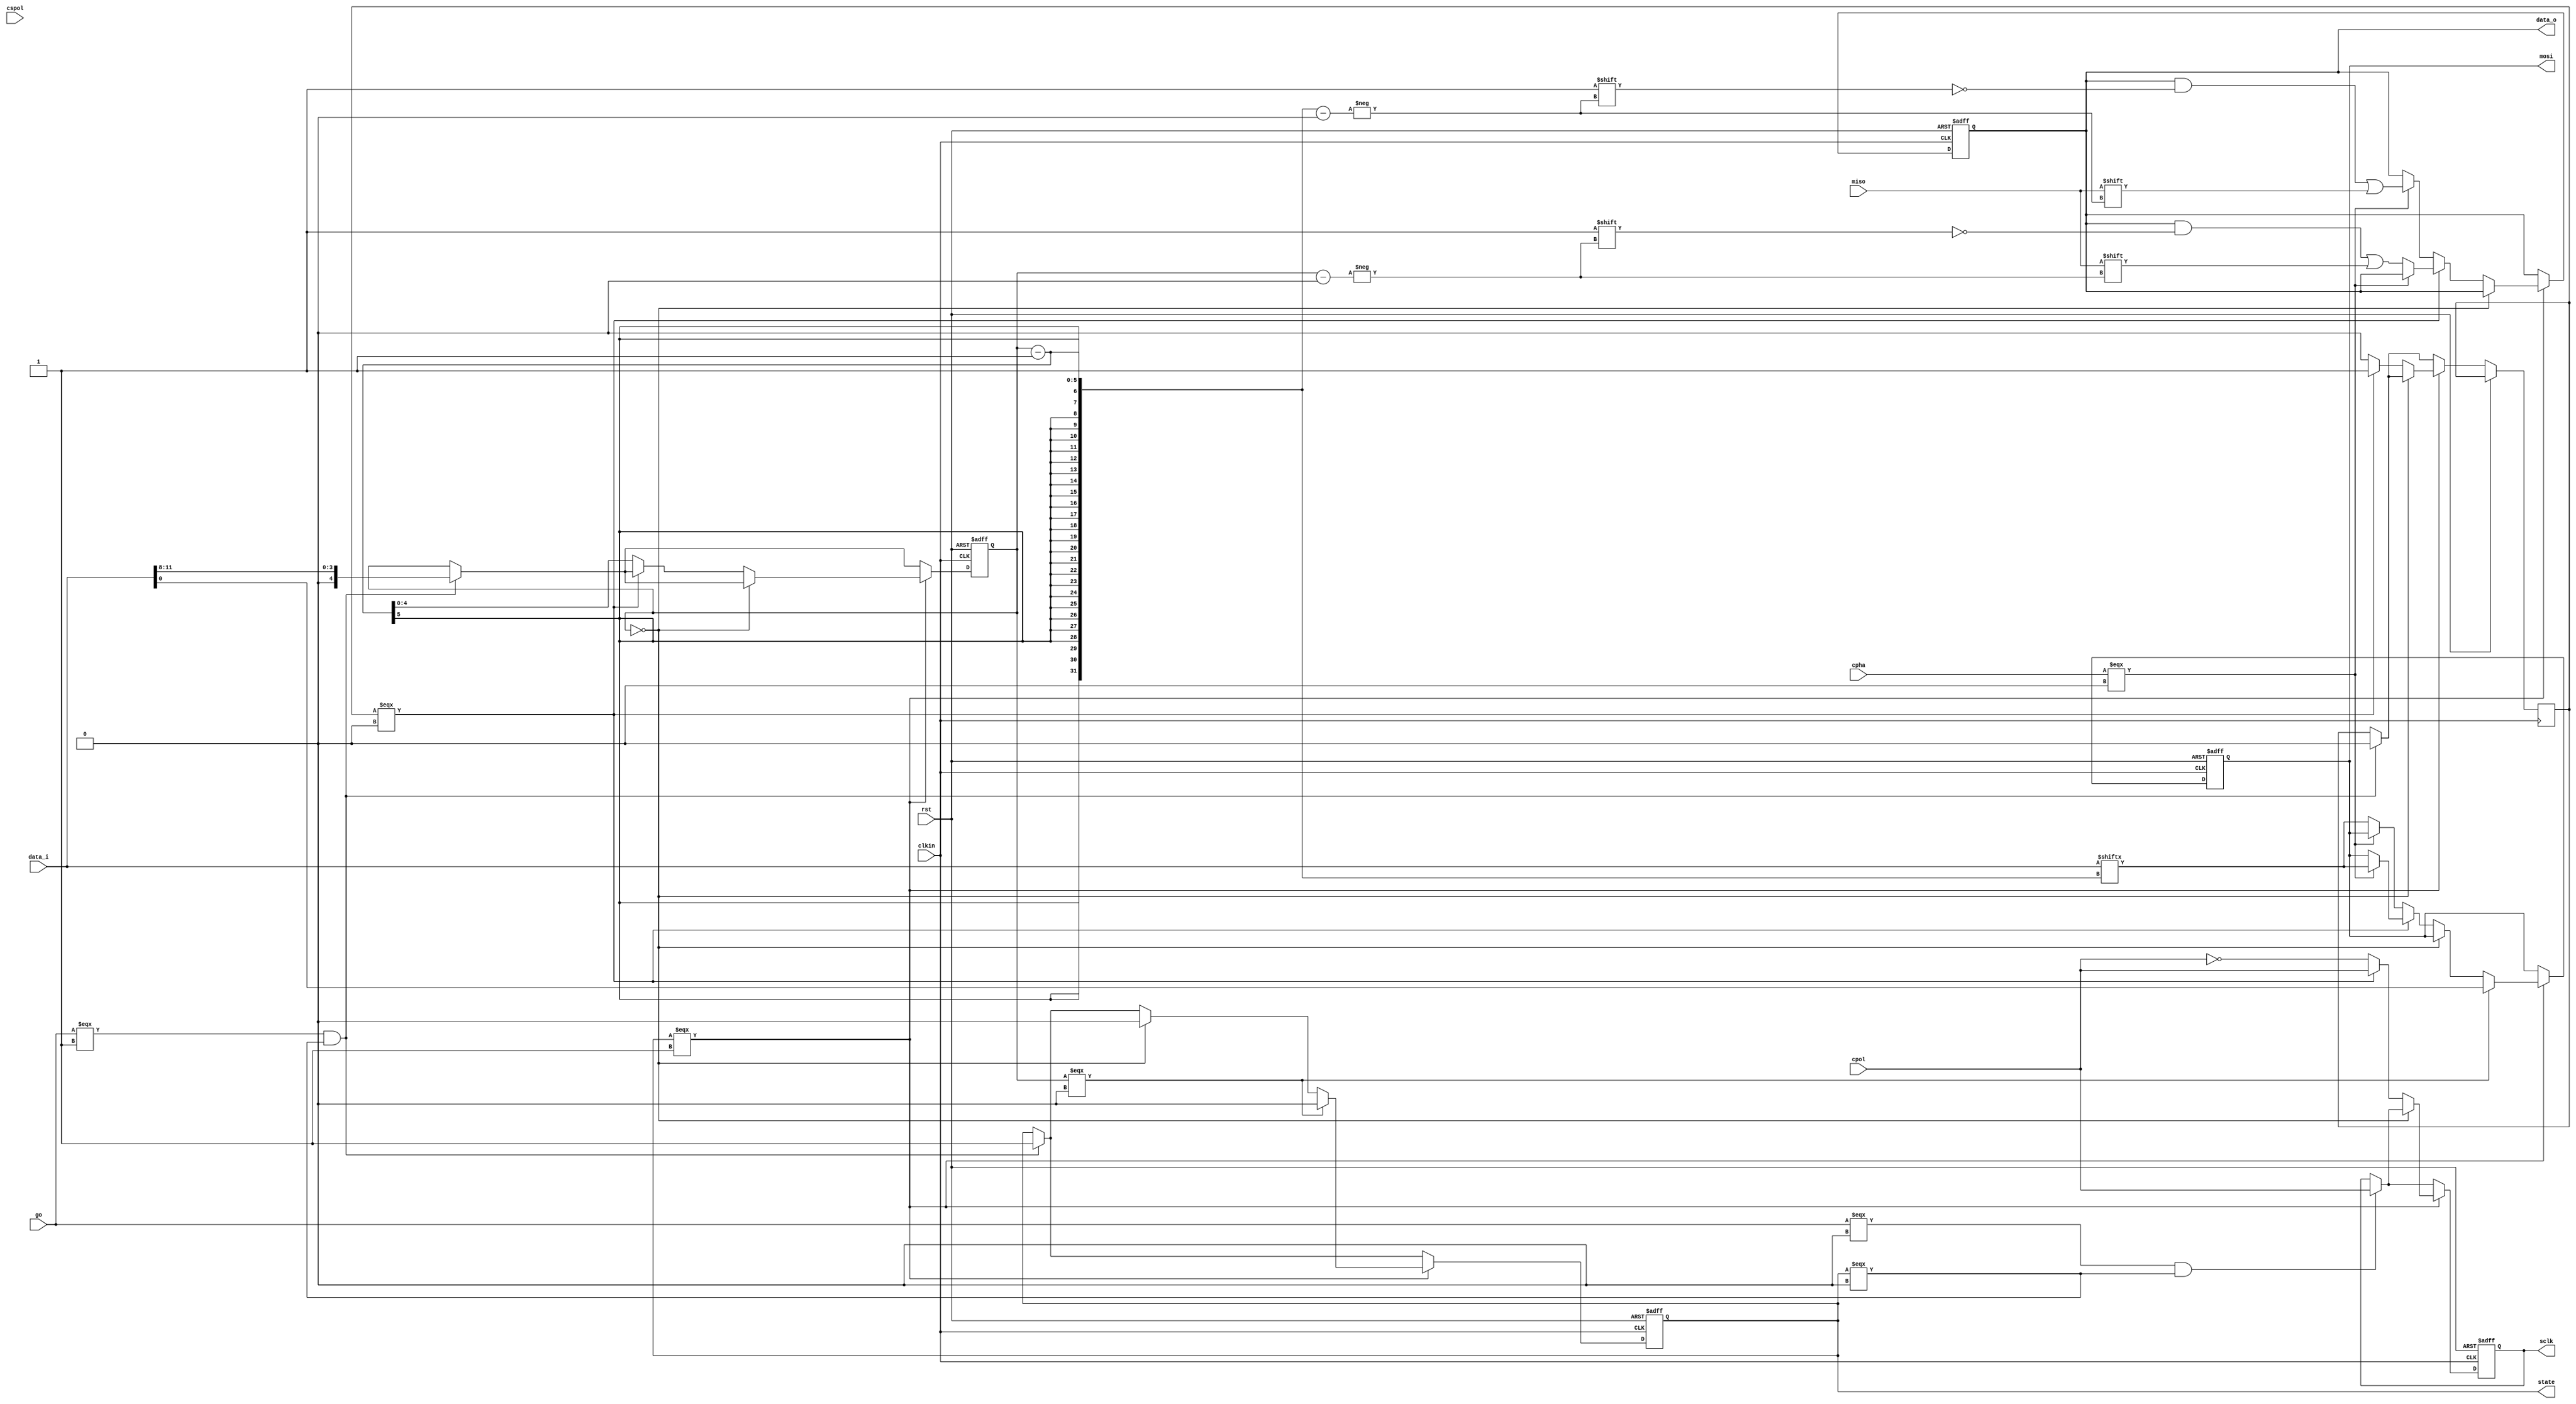
// ---------------------------------------------------------------------------
//
// SPI master verilog implementation
//
// Written by Chris van Dongen/SMDprutser for the buspirate NextGen Ultra
// SPI info here: https://en.wikipedia.org/wiki/Serial_Peripheral_Interface
//
// ---------------------------------------------------------------------------
`ifndef __SPIMASTER__
`define __SPIMASTER__
module spimaster (
// general control
	rst,				// resets module to known state
	clkin,				// clock that makes everyhting tick
// spi configuration
	cpol,				// clock polarity
	cpha,				// clock phase
	cspol,				// CS polarity
	//autocs,				// assert CS automatically

// sync signals
	go,					// starts a SPI transmission
	state,				// state of module (0=idle, 1=busy/transmitting)
// data in/out
	data_i,				// data in (will get transmitted)
	data_o,				// data out (will get received)
// spi signals
	mosi,				// master out slave in
	sclk,				// SPI clock (= clkin/2)
	miso				// master in slave out
	//cs					// chip select
	);

//
input rst;
input clkin;
input cpol;
input cpha;
input cspol;
//input autocs;
input go;
output reg state;
input [15:0] data_i;
output reg [7:0] data_o;
input miso;
output reg mosi;
output reg sclk;
//output reg cs;

// internal vars
reg [4:0] bitcount;		// number of bits to transmit
reg clockphase;			// where are we in our clockcycle (0= 1st half, 1= 2nd half)

always @ (posedge clkin or posedge rst)

if(rst)
begin
	data_o <= 8'b0;
	mosi <= 1'b0;
	sclk <= 1'b0;
	state <= 1'b0;
	//cs <= 1'b0;
	bitcount <=5'b00000;
end
else
begin
	if((go === 1'b1)&&(state === 1'b0))		// only accept go when we are idle
	begin
		bitcount <= data_i[11:8]; //adjust the number of bits to send
		state <= 1'b1;
		clockphase <= 1'b0;
	end

	if((go === 1'b0)&&(state === 1'b0))		// put lines into their idle state
	begin
		sclk <= cpol;						// clock line
		//if (autocs) cs <= cspol;			// cs line
	end

	if(state === 1'b1)						// transmit the bits and receive them
	begin
		if(bitcount==5'b00000)
			state<=1'b0;
		else if (clockphase === 1'b0)
		begin
			if (cpha === 1'b0)
			begin
				mosi <= data_i[bitcount-1];
			end
			else
			begin
				data_o[bitcount] <= miso;
			end
			sclk <= cpol;
			clockphase <= 1'b1;
		end
		else
		begin
			if (cpha === 1'b0)
			begin
				data_o[bitcount-1] <= miso;
			end
			else
			begin
				mosi <= data_i[bitcount-1];
			end
			sclk <= ~cpol;
			bitcount <= bitcount - 1;
			clockphase <= 1'b0;
		end
		if(bitcount === 0)
		begin
			state <= 1'b0;
			mosi <= data_i[0];
		end
		//if (autocs) cs <= ~cspol;
	end
end
endmodule
`endif